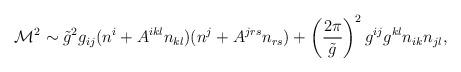
LaTeX: \begin{align*}{\cal M}^2 \sim\tilde{g}^2 g_{ij} (n^i + A^{ikl} n_{kl})(n^j + A^{jrs} n_{rs})+ \left( \frac{2\pi}{\tilde{g}} \right)^2 g^{ij} g^{kl} n_{ik} n_{jl} ,\end{align*}